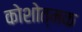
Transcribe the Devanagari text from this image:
कोशोत्मक